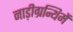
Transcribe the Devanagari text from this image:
नाड़ीग्रन्थिमें